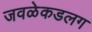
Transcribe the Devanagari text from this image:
जवळेकडलग